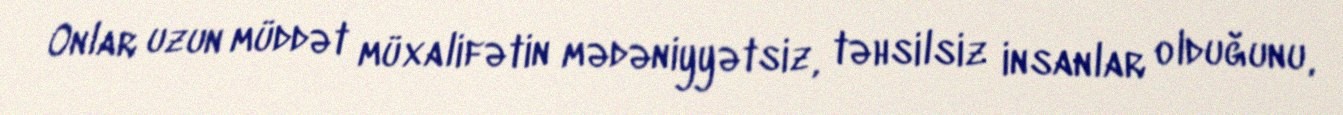
Onlar uzun müddət müxalifətin mədəniyyətsiz, təhsilsiz insanlar olduğunu,